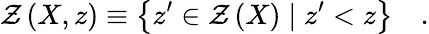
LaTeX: {\cal Z}\left(X,z\right)\equiv\left\{ z^{\prime}\in{\cal Z}\left(X\right)\mid z^{\prime}<z\right\} \quad.